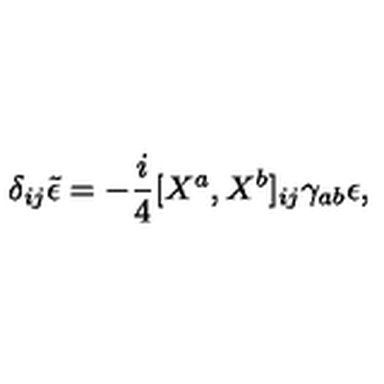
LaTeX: \delta _ { i j } \tilde { \epsilon } = - { \frac { i } { 4 } } \lbrack X ^ { a } , X ^ { b } \rbrack _ { i j } \gamma _ { a b } \epsilon ,